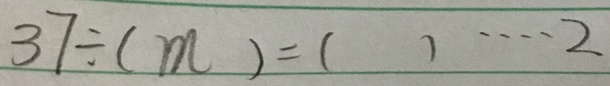
3 7 \div ( m ) = ( ) \cdots 2